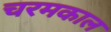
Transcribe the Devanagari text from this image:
चरमकाल